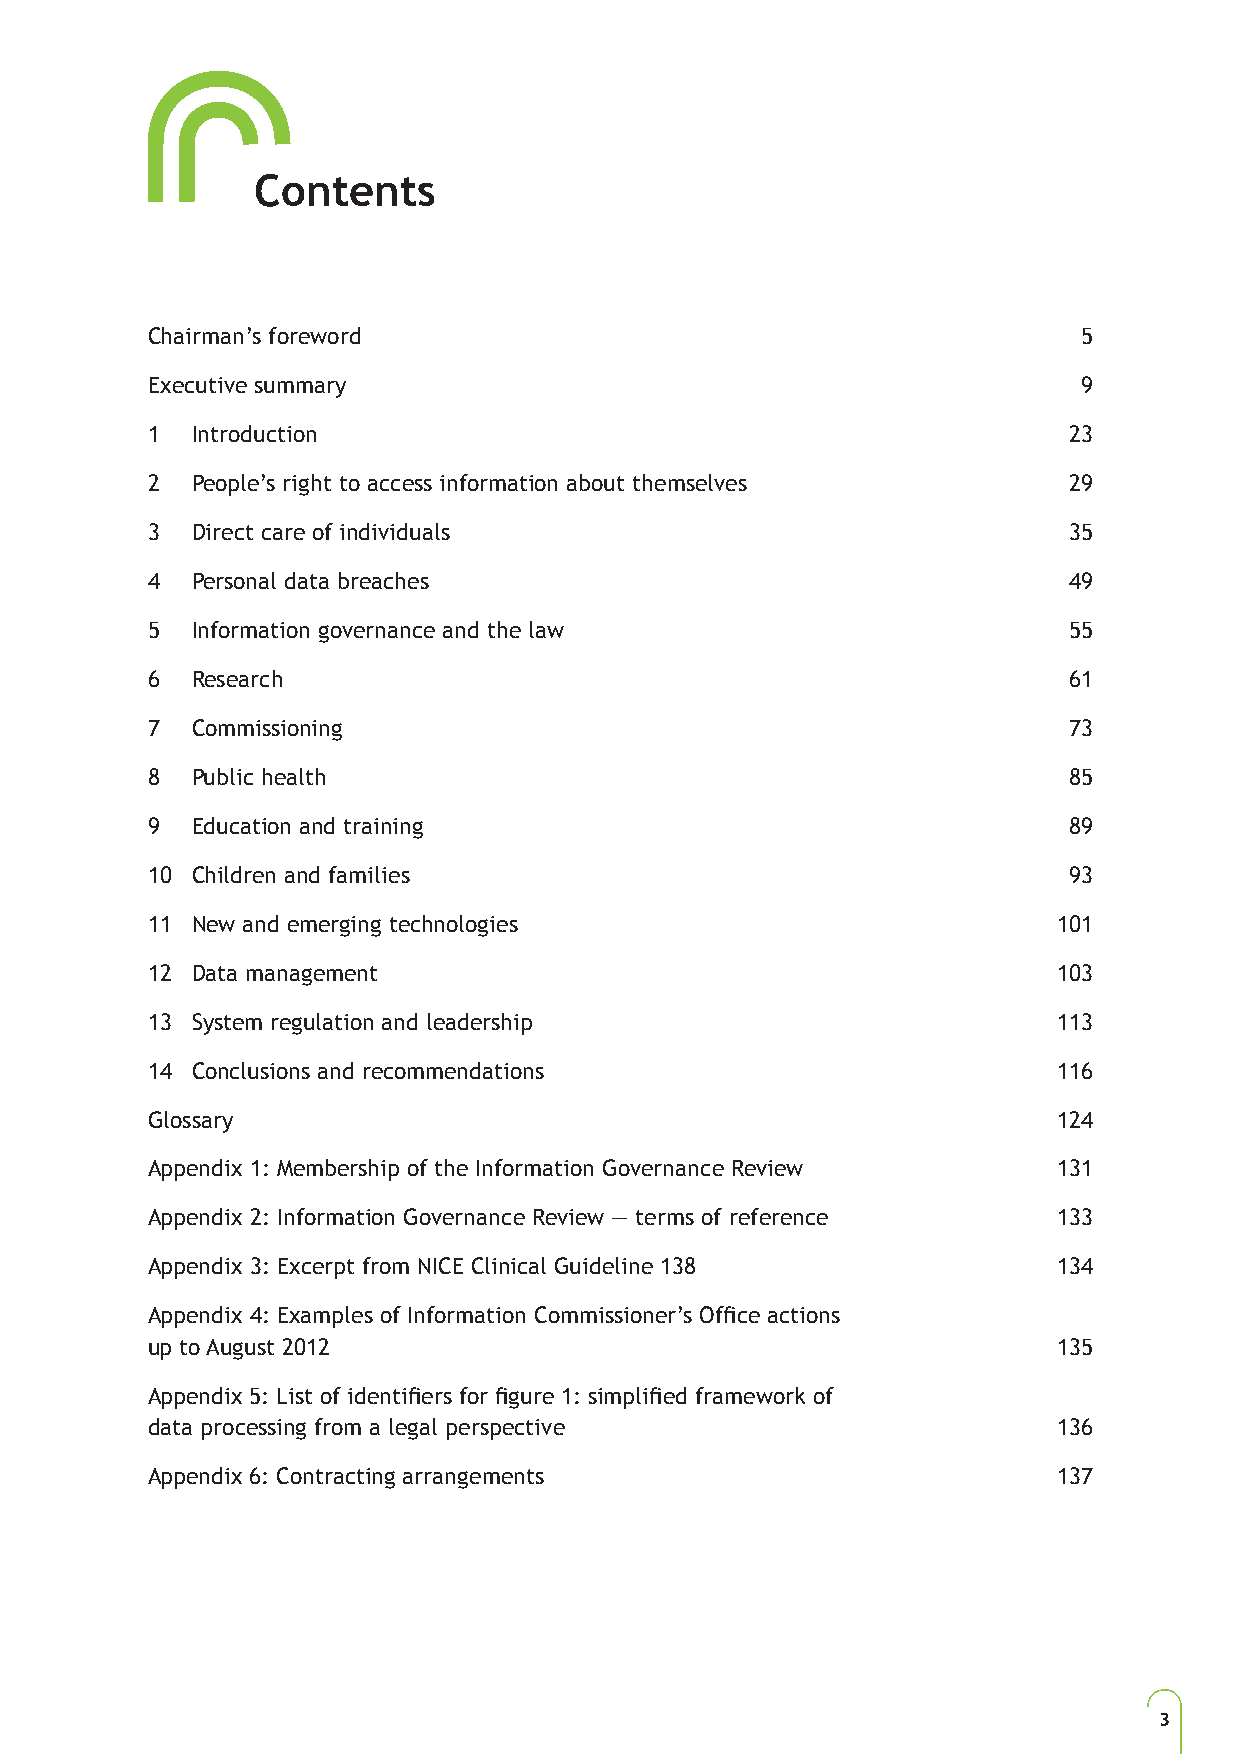
Contents
 Chairman’s foreword                                           5
 Executive summary                                             9
 1  Introduction                                              23
 2  People’s right to access information about themselves     29
 3  Direct care of individuals                                35
 4  Personal data breaches                                    49
 5  Information governance and the law                        55
 6  Research                                                  61
 7  Commissioning                                             73
 8  Public health                                             85
 9  Education and training                                    89
 10 Children and families                                     93
 11 New and emerging technologies                            101
 12 Data management                                          103
 13 System regulation and leadership                         113
 14 Conclusions and recommendations                          116
 Glossary                                                    124
 Appendix 1: Membership of the Information Governance Review 131
 Appendix 2: Information Governance Review — terms of reference 133
 Appendix 3: Excerpt from NICE Clinical Guideline 138        134
 Appendix 4: Examples of Information Commissioner’s Office actions
 up to August 2012                                           135
 Appendix 5: List of identifiers for figure 1: simplified framework of
 data processing from a legal perspective                    136
 Appendix 6: Contracting arrangements                        137
 3